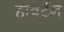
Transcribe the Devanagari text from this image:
हावर्टन